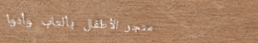
متجر الأطفال بألعاب وأدوا